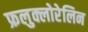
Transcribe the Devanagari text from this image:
फ्रलुक्लोरेलिन